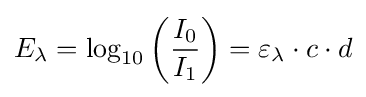
E_{\lambda }=\log _{10}\left({\frac {I_{0}}{I_{1}}}\right)=\varepsilon _{\lambda }\cdot c\cdot d